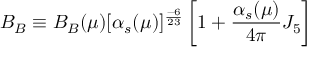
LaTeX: B _ { B } \equiv B _ { B } ( \mu ) [ \alpha _ { s } ( \mu ) ] ^ { \frac { - 6 } { 2 3 } } \left[ 1 + \frac { \alpha _ { s } ( \mu ) } { 4 \pi } J _ { 5 } \right]